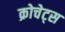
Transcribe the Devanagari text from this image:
क्रोचेट्स